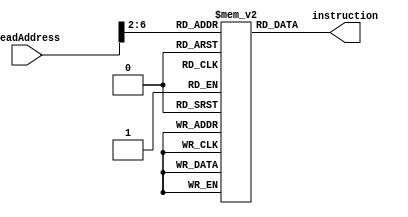
`timescale 1ns / 1ps
//////////////////////////////////////////////////////////////////////////////////
// Company: 
// Engineer: 
// 
// Design Name: 
// Module Name: instrMemory
// Project Name: 
// Target Devices: 
// Tool Versions: 
// Description: 
// 
// Dependencies: 
// 
// Revision:
// Revision 0.01 - File Created
// Additional Comments:
// 
//////////////////////////////////////////////////////////////////////////////////


module instrMemory(
    input [31:0] readAddress,
    output reg [31:0] instruction
    );
    reg [31:0] instrFile[31:0];
    always @ (readAddress)
    begin
        instruction=instrFile[readAddress>>2];
    end
endmodule